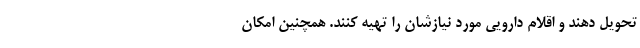
تحویل دهند و اقلام دارویی مورد نیازشان را تهیه کنند. همچنین امکان